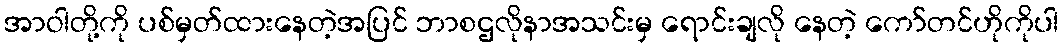
အာဝါတို့ကို ပစ်မှတ်ထားနေတဲ့အပြင် ဘာစဌလိုနာအသင်းမှ ရောင်းချလို နေတဲ့ ကော်တင်ဟိုကိုပါ